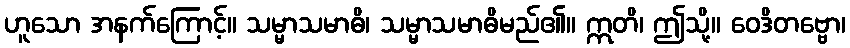
ဟူသော အနက်ကြောင့်။ သမ္မာသမာဓိ၊ သမ္မာသမာဓိမည်၏။ ဣတိ၊ ဤသို့။ ဝေဒိတဗ္ဗော၊